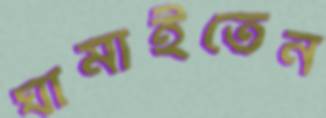
ঘামাইতেন